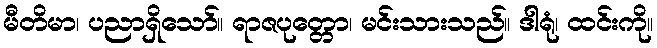
မီတိမာ၊ ပညာရှိသော်။ ရာဇပုတ္တော၊ မင်းသားသည်။ ဒါရုံ၊ ထင်းကို။